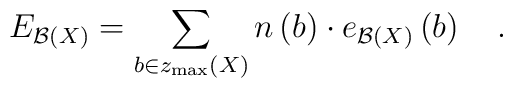
E_{{\cal B}\left( X\right) }=\sum\limits_{b\in z_{\max}\left( X\right) }n\left( b\right) \cdot e_{{\cal B}\left( X\right) }\left(b\right) \quad .